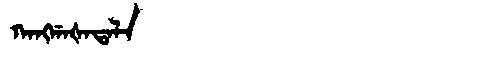
Manchu: ᡴᠠᠩᡤᠠᡧᠠᡨᠠᠯᠠ
Romanization: KANGGAŠATALA